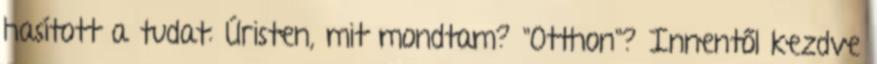
hasított a tudat: Úristen, mit mondtam? "Otthon"? Innentől kezdve